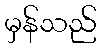
မှန်သည်